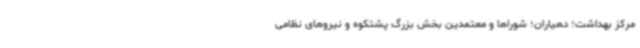
مرکز بهداشت؛ دهیاران؛ شوراها و معتمدین بخش بزرگ پشتکوه و نیروهای نظامی